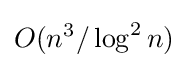
O(n^{3}/\log ^{2}n)